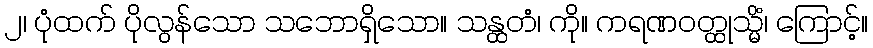
၂၊ ပုံထက် ပိုလွန်သော သဘောရှိသော။ သန္ထတံ၊ ကို။ ကရဏဝတ္ထုသ္မိံ၊ ကြောင့်။